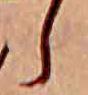
ら